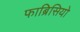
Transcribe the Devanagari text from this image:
फाब्रिसियो